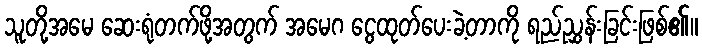
သူတို့အမေ ဆေးရုံတက်ဖို့အတွက် အမေဂ ငွေထုတ်ပေးခဲ့တာကို ရည်ညွှန်းခြင်းဖြစ်၏။